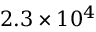
2 . 3 \times 1 0 ^ { 4 }